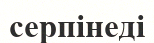
серпінеді